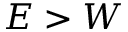
E > W